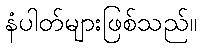
နံပါတ်များဖြစ်သည်။